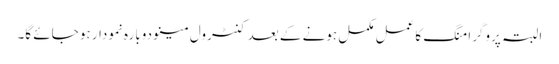
البتہ پروگرامنگ کا عمل مکمل ہونے کے بعد کنٹرول مینو دوبارہ نمودار ہو جائے گا۔